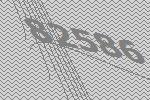
82586